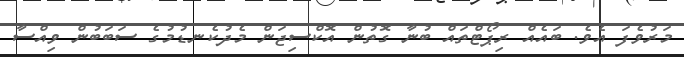
މަރުވެފަ އެވެ. ބައެއް ރިޕޯޓްތައް ބުނާ ގޮތުން އޮކްސިޖަން މެދުކެނޑުމުގެ ސަބަބުން ވިއްސާ